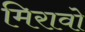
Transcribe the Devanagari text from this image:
मिरावो